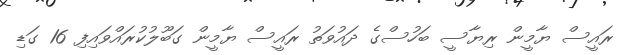
ރައީސް ޔާމީން ރިޔާސީ ބަހުސްގެ ދައުވަތު ރައީސް ޔާމީން ގަބޫލުކުރައްވައިފި 16 ގަޑި